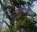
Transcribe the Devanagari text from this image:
अम्लनाशकों